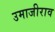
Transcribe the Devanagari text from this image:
उमाजीराव